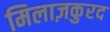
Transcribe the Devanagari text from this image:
मिलाज़कुरद